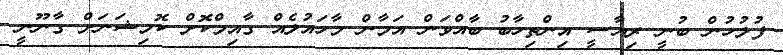
ފުލުހުން ބުނީ ރިޔާސީ އިންތިހާބު ބާއްވަން އަމާން މާހައުލެއް ގާއިމްކޮށް ކޮމިޝަނަށް ގާނޫނީ